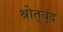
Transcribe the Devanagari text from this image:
श्रोतृवृंद